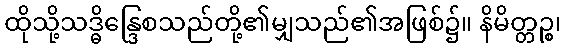
ထိုသို့သဒ္ဓိန္ဒြေစသည်တို့၏မျှသည်၏အဖြစ်၌။ နိမိတ္တဉ္စ၊